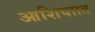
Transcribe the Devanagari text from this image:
आशियाात